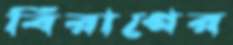
বিরাগের